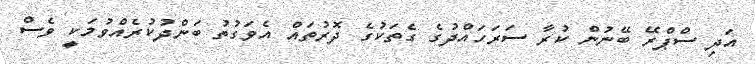
އަދި ސްޕްރޭ ބޭނުން ކުރާ ސަރަހައްދުގެ ގެތަކުގެ ދޮރުތައް އެވަގުތު ބަންދުކުރެއްވުމަކީ ވެސް